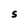
Character: S